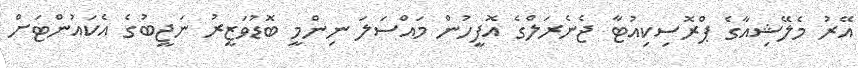
އޭރު މެލޭޝިއާގެ ޕްރޮސިކިއުޓާ ޖެނެރަލްގެ އޮފީހުން މައްސަލަ ނިންމީ ބޮޑުވަޒީރު ނަޖީބުގެ އެކައުންޓަށް